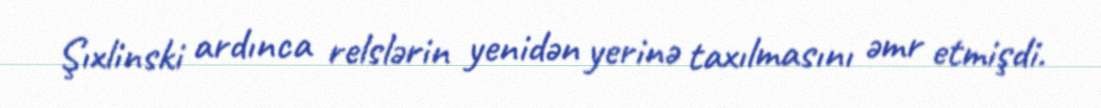
Şıxlinski ardınca relslərin yenidən yerinə taxılmasını əmr etmişdi.